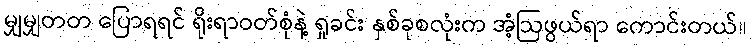
မျှမျှတတ ပြောရရင် ရိုးရာဝတ်စုံနဲ့ ရှုခင်း နှစ်ခုစလုံးက အံ့ဩဖွယ်ရာ ကောင်းတယ်။